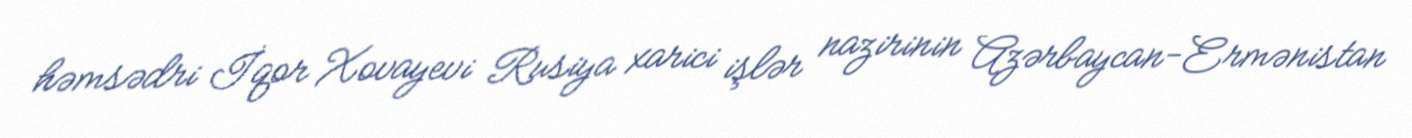
həmsədri İqor Xovayevi Rusiya xarici işlər nazirinin Azərbaycan-Ermənistan